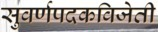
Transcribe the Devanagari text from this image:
सुवर्णपदकविजेती